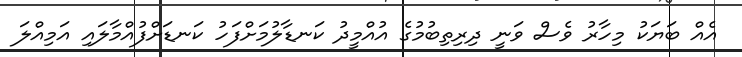
އެއް ބަޔަކު މިހާރު ވެސް ވަނީ ދިރިތިބުމުގެ އުއްމީދު ކަނޑާލުމަށްފަހު ކަނޑަށްފުއްމާލައި އަމިއްލަ